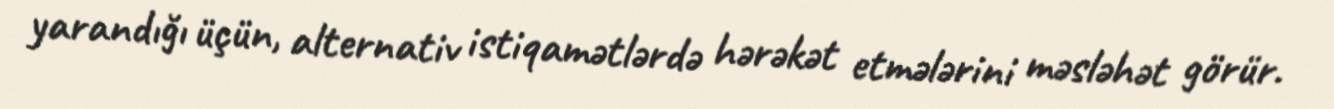
yarandığı üçün, alternativ istiqamətlərdə hərəkət etmələrini məsləhət görür.